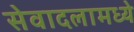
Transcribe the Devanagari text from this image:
सेवादलामध्ये